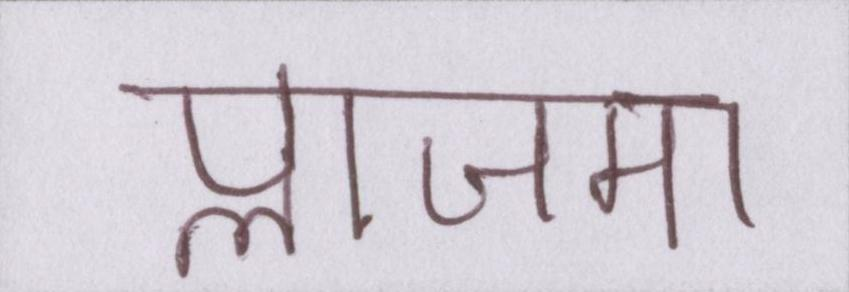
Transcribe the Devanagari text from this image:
प्लाजमा